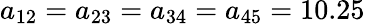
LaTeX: a_{12}=a_{23}=a_{34}=a_{45}=10.25